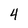
Character: 4